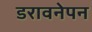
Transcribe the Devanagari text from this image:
डरावनेपन